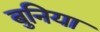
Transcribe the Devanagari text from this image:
बुनिया